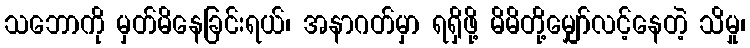
သဘောကို မှတ်မိနေခြင်းရယ်၊ အနာဂတ်မှာ ရရှိဖို့ မိမိတို့မျှော်လင့်နေတဲ့ သိမှု၊